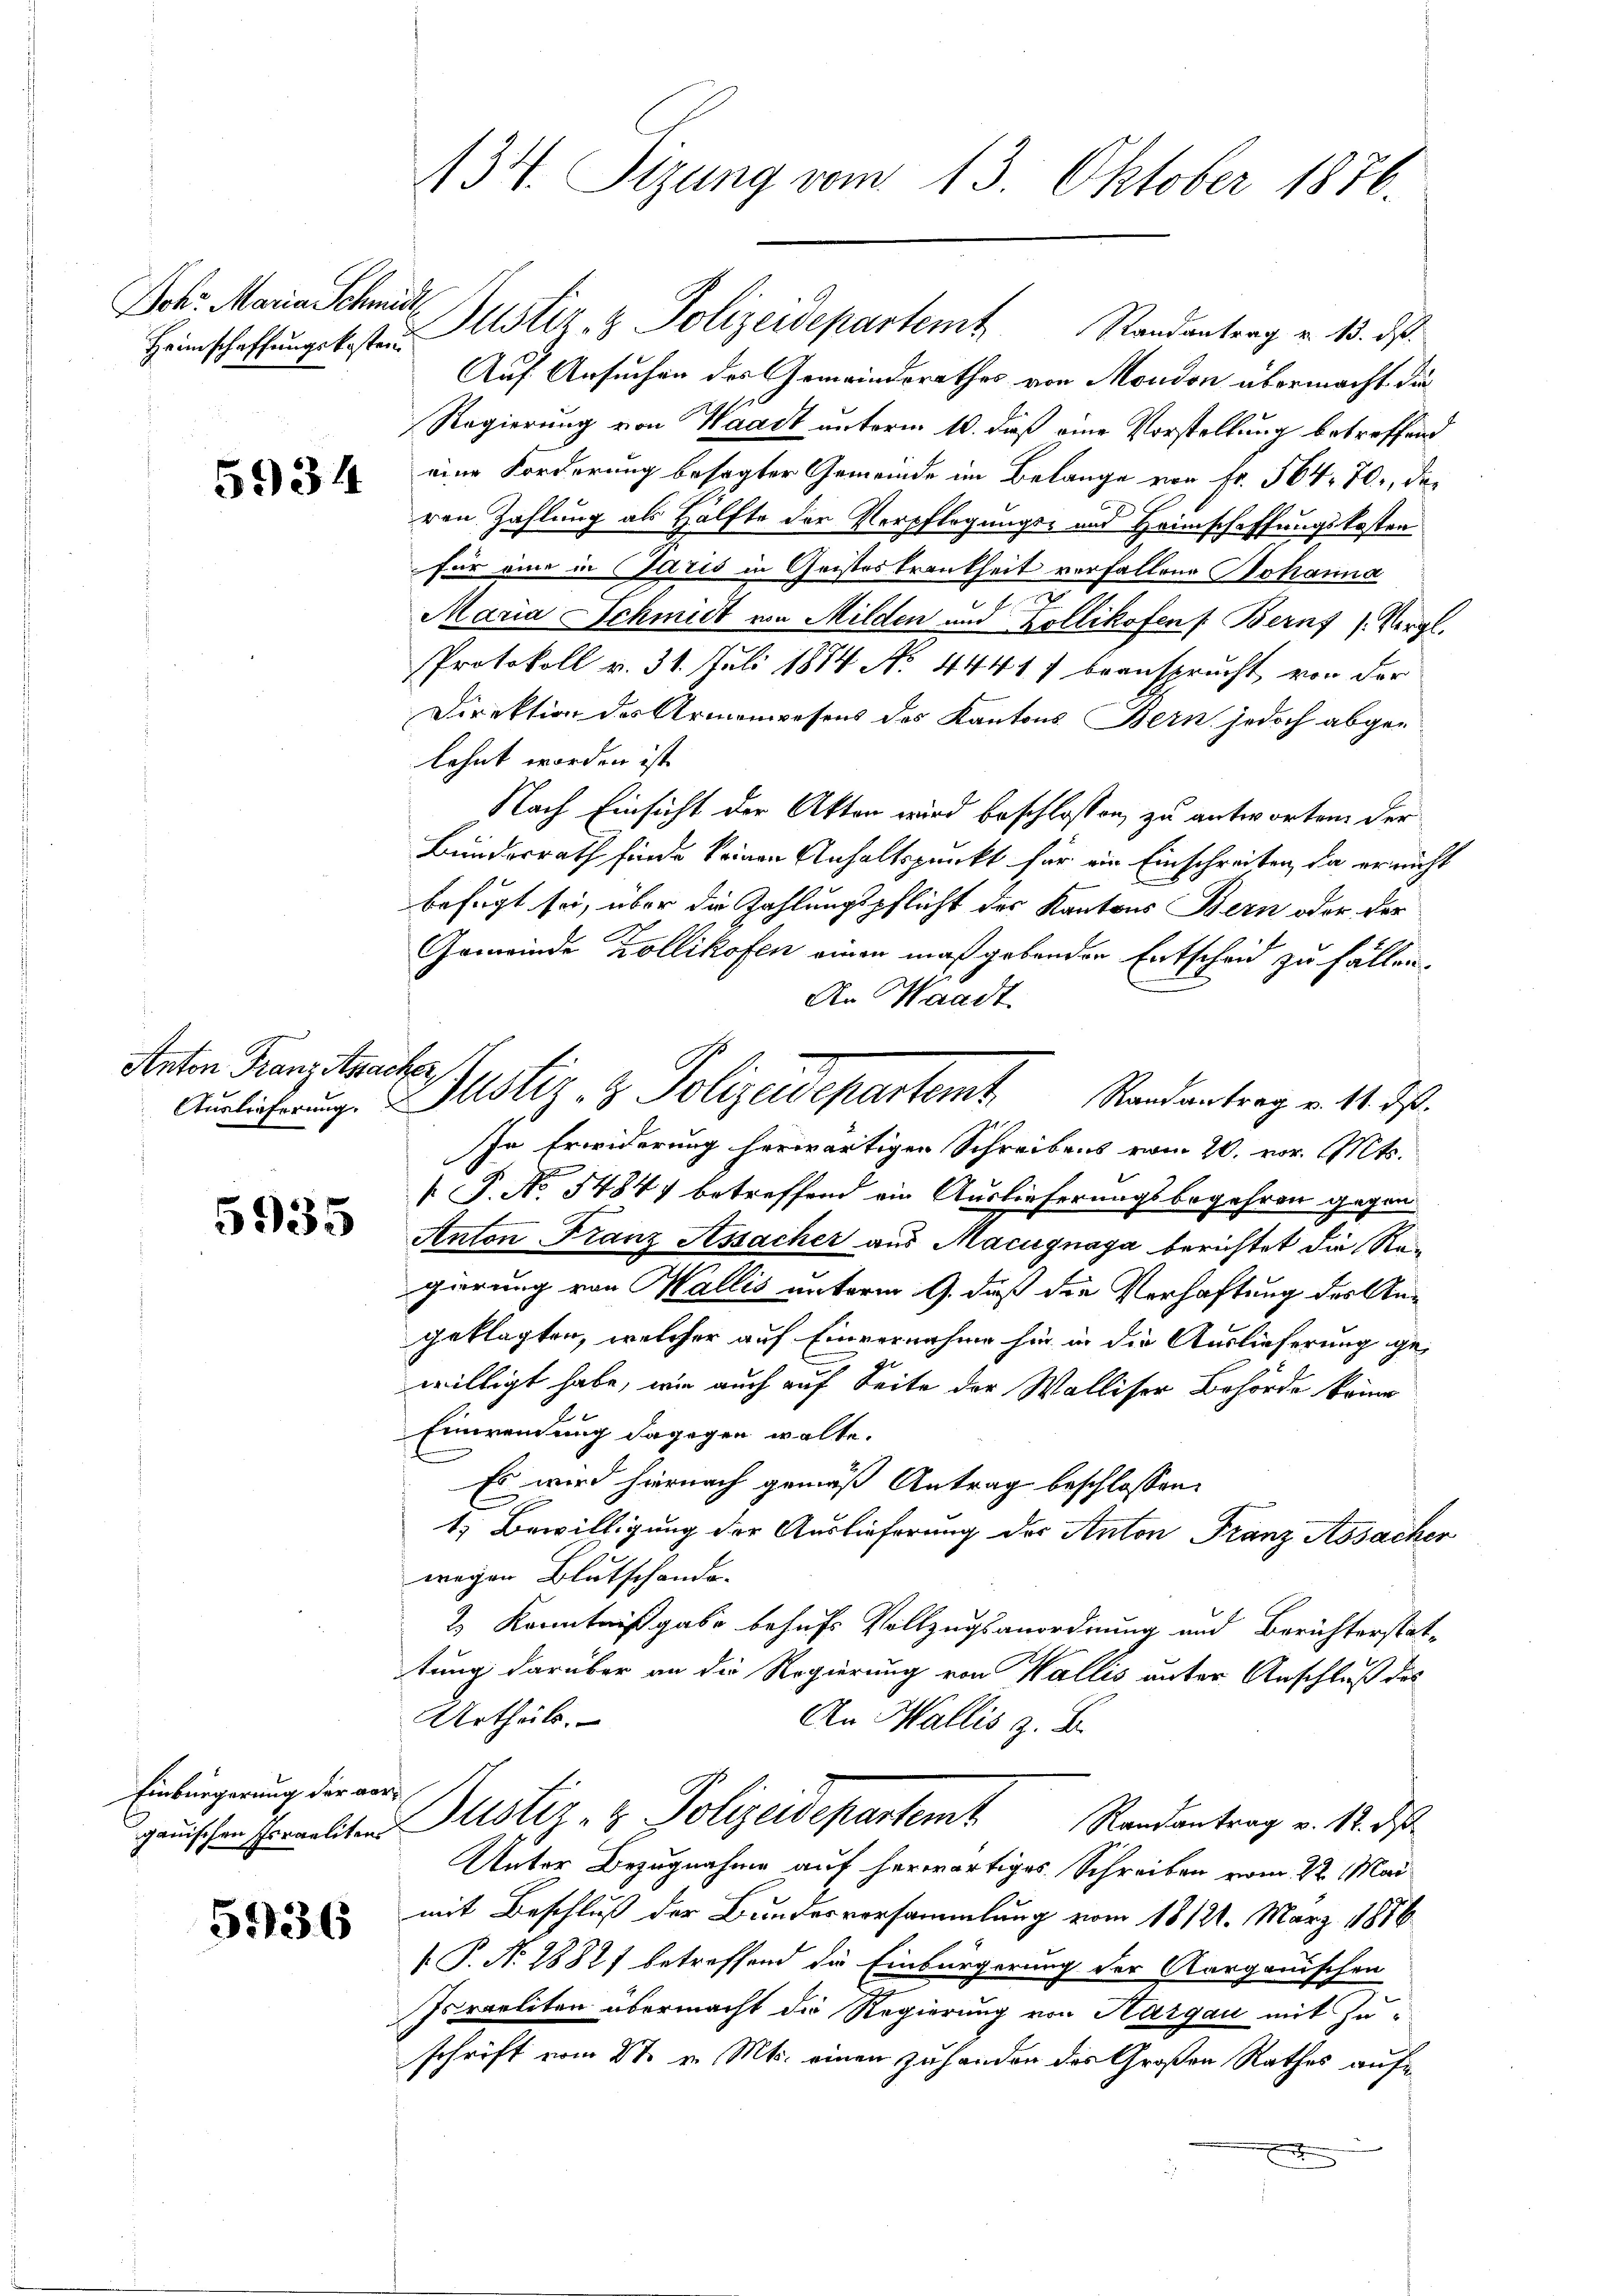
Joh: Maria Schmidt,

5934

Anton Franz Assacher

5935

Einbürgerung der ver¬

5936

134. Sizung vom 13. Oktober 1876.

Heinschaffungskosten Altster & Polizeidepartem Randantrag v. 13. ds.
Auf Ansuchen des Gemeindsrathes von Mondon übermacht die
Regierung von Waadt unterm 10. daß eine Vorstellung betreffend
eine Forderung besagter Gemeinde im Belange von Fr. 564. 70, der
ren Zahlung als Hälfte der Verpflegungs- und Heimschaffungskosten
für eine in Paris in Geisteskrankheit vorfallene Johanna
Maria Schmidt von Milden und Zollikofen s. Berns (Vergl.
Protokoll v. 31. Juli 1884 No. 44417 beansprucht, von der
Direktion des Armenwesens des Kantons Bern jedoch abgelehnt worden ist.
Nach Einsicht der Akten wird beschlossen, zu antworten der
Bundesrath finde keinen Anhaltspunkt für ein Einschreiben, da er nicht
befugt sei, über die Zahlungspflicht des Kantons Bern oder der
n
Gemeinde Zollikofen einen maßgebenden Entscheid zu fällen.
An Waadt
In Erwiderung herwärtigen Schreibens vom 20. vor. Mts.
 P. No. 5484. betreffend ein Auslieferungsbegehren gegen
Anton Franz Assacher aus Macugnaga berichtet die Regierung von Wallis unterm 9. daß die Verhaftung des Angeklagten, welcher auf Einvernahme hier in die Auslieferung gewilligt habe, wie auch auf Seite der Walliser Behörde keine
Einwendung dagegen wolte.
Es wird hiernach gemäß Antrag beschlossen:
1.) Bewilligung der Auslieferung des Anton Franz Assacher
wegen Blutschande-
2 Kenntnißgabe behufs Vollzugsanordnung und Berichterstattung darüber an die Regierung von Wallis unter Anschluß des
Urtheils.
An Wallis z. B.
ganischen Erweiten Justiz- & Polizeidepartemt Randantrag v. 12. ds.
Unter Bezugnahme auf herwärtiges Schreiben vom 22. Mai
mit Beschluß der Bundesversammlung vom 18 121. März 1856
 P. No. 1882 betreffend die Einbürgerung der Aargauischen
Israeliten übermacht die Regierung von Hargau mit Zu-
schrift vom 27. v. Mts. einen zuhanden des Großen Rathes auf

Auslicherung. Justiz- & Polizeidepartem Randantrag v. 14. ds.